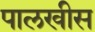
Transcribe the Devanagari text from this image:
पालखीस